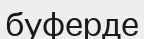
буферде